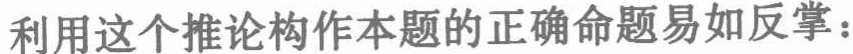
利用这个推论构作本题的正确命题易如反掌：